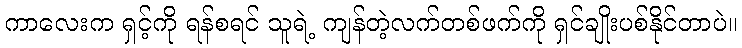
ကာလေးက ရှင့်ကို ရန်စရင် သူရဲ့ ကျန်တဲ့လက်တစ်ဖက်ကို ရှင်ချိုးပစ်နိုင်တာပဲ။